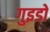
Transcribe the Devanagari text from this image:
गुइडो